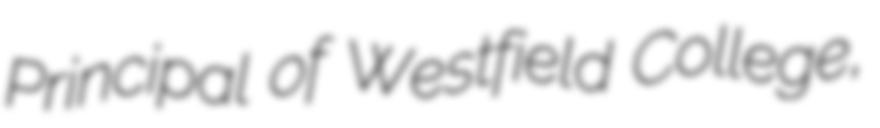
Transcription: Principal of Westfield College,